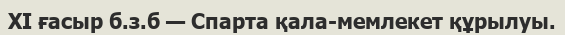
XI ғасыр б.з.б — Спарта қала-мемлекет құрылуы.